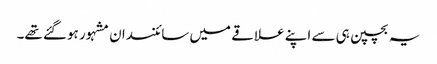
یہ بچپن ہی سے اپنے علاقے میں سائنسدان مشہور ہوگئے تھے۔